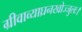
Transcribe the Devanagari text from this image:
ग्रीवाव्याघ्रनखोज्जुलः।